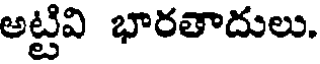
అట్టివి భారతాదులు.